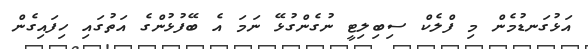
އަޅުގަނޑުމެން މި ފްލެކް ސިބިލިޓީ ނުގެންގުޅޭ ނަމަ އެ ބޭފުޅުންގެ އަތުގައި ހިފައިގެން